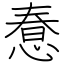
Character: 惷